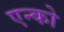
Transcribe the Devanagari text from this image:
एन्को